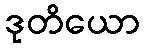
ဒုတိယော